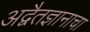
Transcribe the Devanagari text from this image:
अद्वैतज्ञानाचा